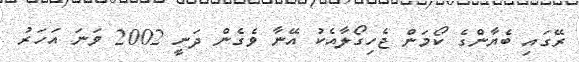
ރޭގައި ބެޔާންގެ ކޯމަން ޖެހިގޯލާއެކު އޭނާ ވެގެން ދަނީ 2002 ވަނަ އަހަރު